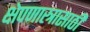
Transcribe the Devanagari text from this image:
क्षेपणास्त्रासाठी